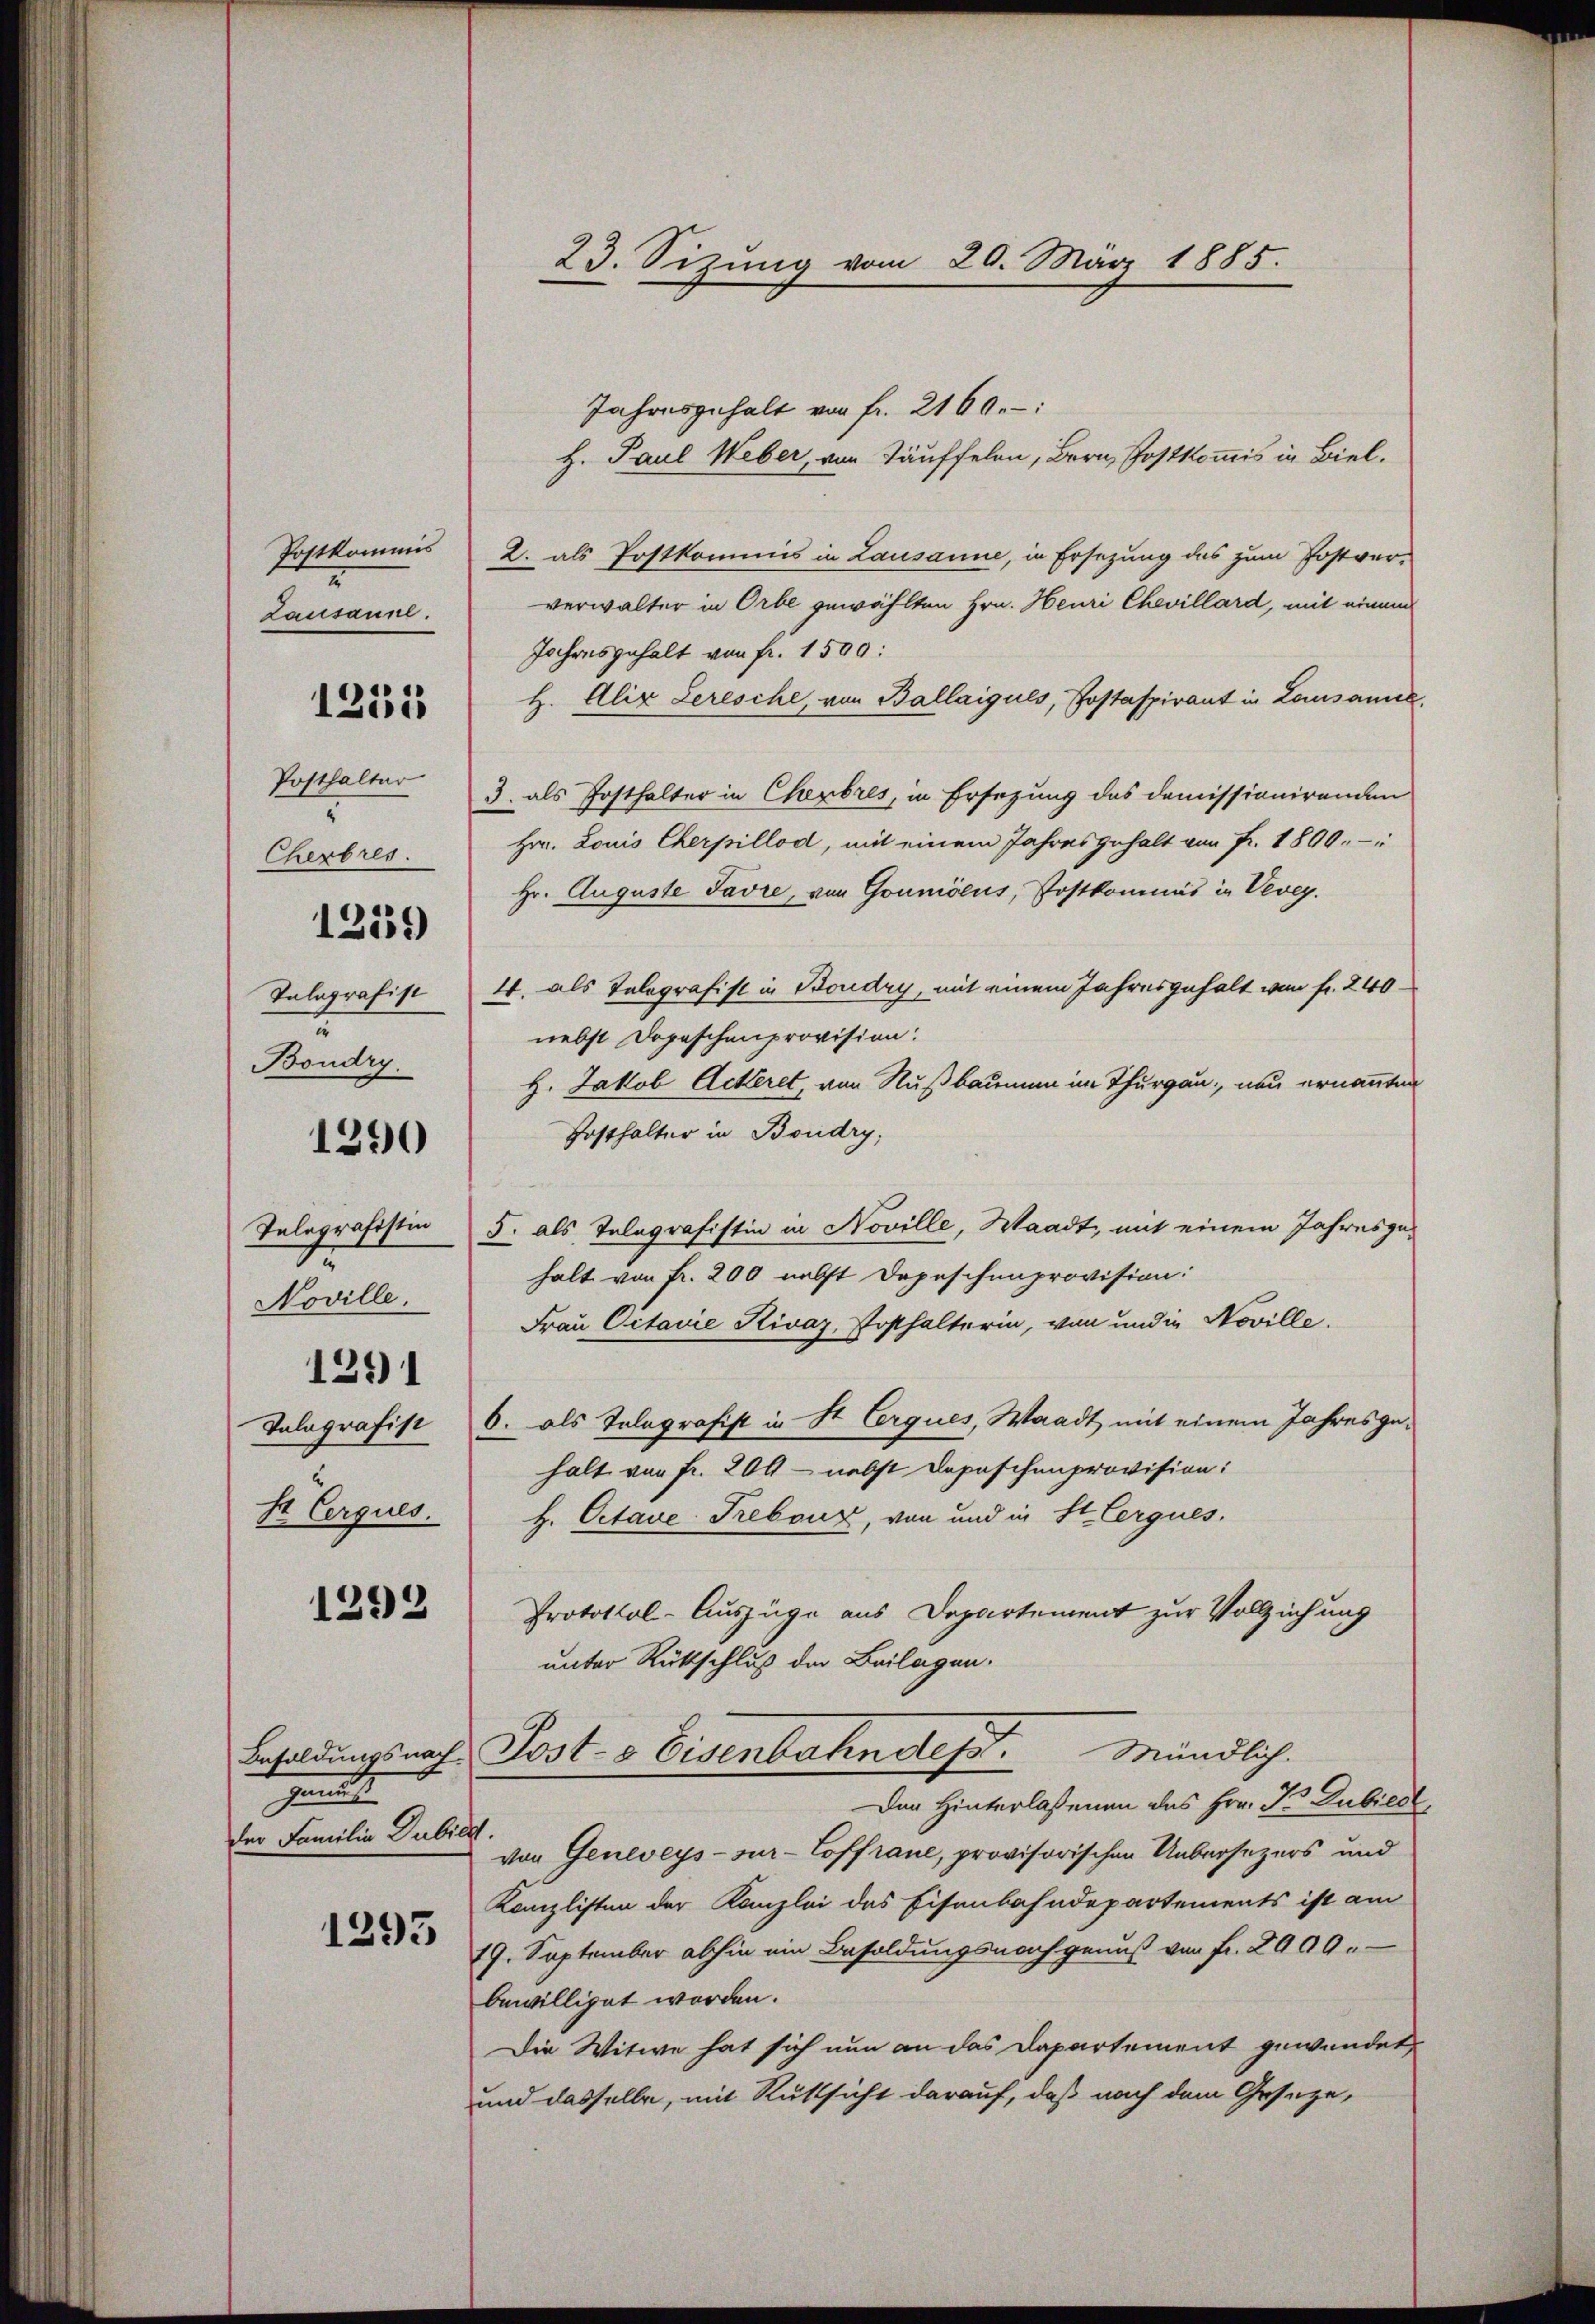
Postkommis
2
Lausanne.

1251

Posthalter
Cherbres.
Talografist
Boudry.

1319)

1290

Telegrafistin
Noville,
1 Eerques.

129)

1292

genth
der Familie Jubild.

1293

23. Sitzung vom 20. März 1885.

Jahresgehalt von fr. 2160:
H. Paul Weber, von Täuffelen, Bern, Postkommis in Biel.
2. als Postkommis in Lausanne, in Ersezung des zum Postver-
verwalter in Orbe gewählten Hrn. Heuri Chevillard, mit einem
Jahresgehalt von fr. 1500:
H. Alix Leresche, von Ballaigues, Postaspirant in Lausamee,
3. als Posthalter in Cherbres, in Ersezung des Domissionirenden
Hrn. Louis Cherpillod, mit einem Jahresgehalt von Fr. 1800.-
Hr. Auguste Favre, von Gouniseus, Postkommis in Vevey.
4. als Telegrafist in Boudry, mit einem Jahresgehalt von fr. 240.
nebst Dopeschen provision.
H. Jakob Actiret, von Nußbaumen im Thurgau, neu ernannten
Fosthalter in Boudry,
5. als Telegrafistin in Noville, Waadt, mit einem Jahresgehalt von Fr. 200 nebst Depeschenprovision:
Frau Citarie Rivaz, Posthalterin, von und in Noville.
Talografist 6. als Telegrafist in St. Crques, Waadt mit einem Jahresgehalt von Fr. 209 - nebst Depeschenprovision:
H. Octave-Frebour, von und in St. Cerques.
Protokol-Auszüge aus Departement zur Vollziehung
unter Rückschluß der Beilagen.
Mündlich.
Besoldungsnach Post- & Eisenbahndept.
Der Hinterlassenen des Hrn. K. Dubild
von Geneveys-sur-Coffraue, provisorischen Uebersezers und
Kanzlisten der Kanzlei des Eisenbahndepartements ist am
19. September abhin ein Besoldungsnach genuß von fr. 2000.
bewilliget worden.
Die Witwe hat sich nun an das Dapartement gewendet,
und dasselbe, mit Rüksicht darauf, daß nach dem Gesetze,